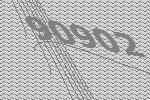
90902